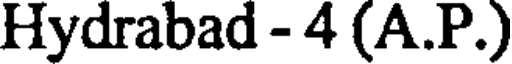
Hydrabad - 4 (A.P.)